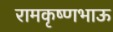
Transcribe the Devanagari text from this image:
रामकृष्णभाऊ